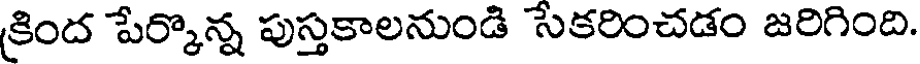
క్రింద పేర్కొన్న పుస్తకాలనుండి సెకరించడం జరిగింది.